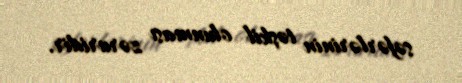
səfərlərinin təşkil olunması zəruridir.